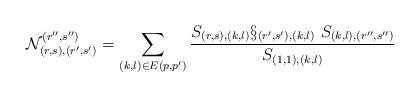
LaTeX: \begin{align*}\mathcal{N}_{(r,s),(r^{\prime },s^{\prime })}^{(r^{\prime \prime },s^{\prime\prime })}\medskip =\sum_{(k,l)\in E(p,p^{\prime })}\frac{S_{(r,s),(k,l)}\S_{(r^{\prime },s^{\prime }),(k,l)}\ S_{(k,l),(r^{\prime \prime },s^{\prime\prime })}}{S_{(1,1),(k,l)}} \end{align*}